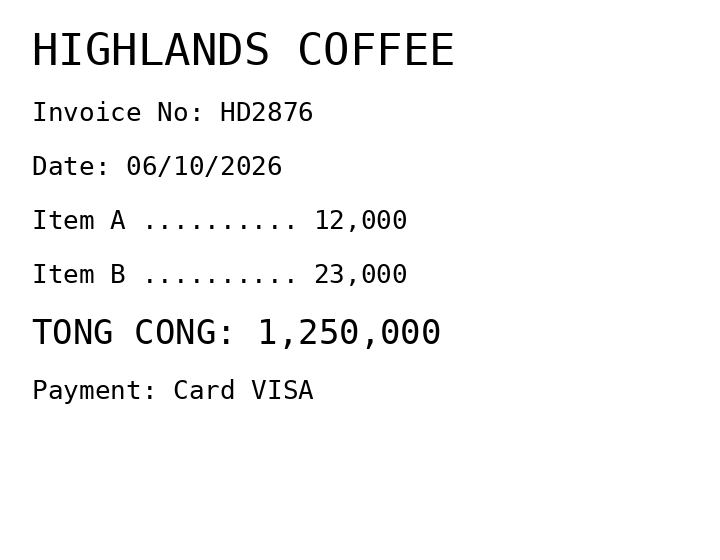
HIGHLANDS COFFEE
Invoice No: HD2876
Date: 06/10/2026
Item A .......... 12,000
Item B .......... 23,000
TONG CONG: 1,250,000
Payment: Card VISA
Merchant: highlands coffee
Date: 2026-10-06
Total: 1250000
Invoice No: HD2876
Payment method: CARD